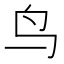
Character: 鸟